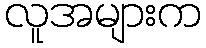
လူအများက